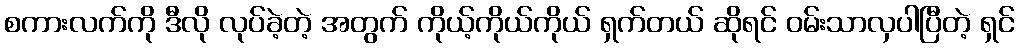
စကားလက်ကို ဒီလို လုပ်ခဲ့တဲ့ အတွက် ကိုယ့်ကိုယ်ကိုယ် ရှက်တယ် ဆိုရင် ဝမ်းသာလှပါပြီတဲ့ ရှင်